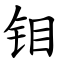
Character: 钼